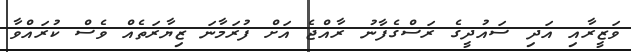
ވަޒީރާއި އަދި ސައުދީގެ ރަސްގެފާނު ރާއްޖެ އަށް ފުރަމާނަ ޒިޔާރަތެއް ވެސް ކުރައްވާ